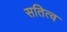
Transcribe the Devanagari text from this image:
सतित्व